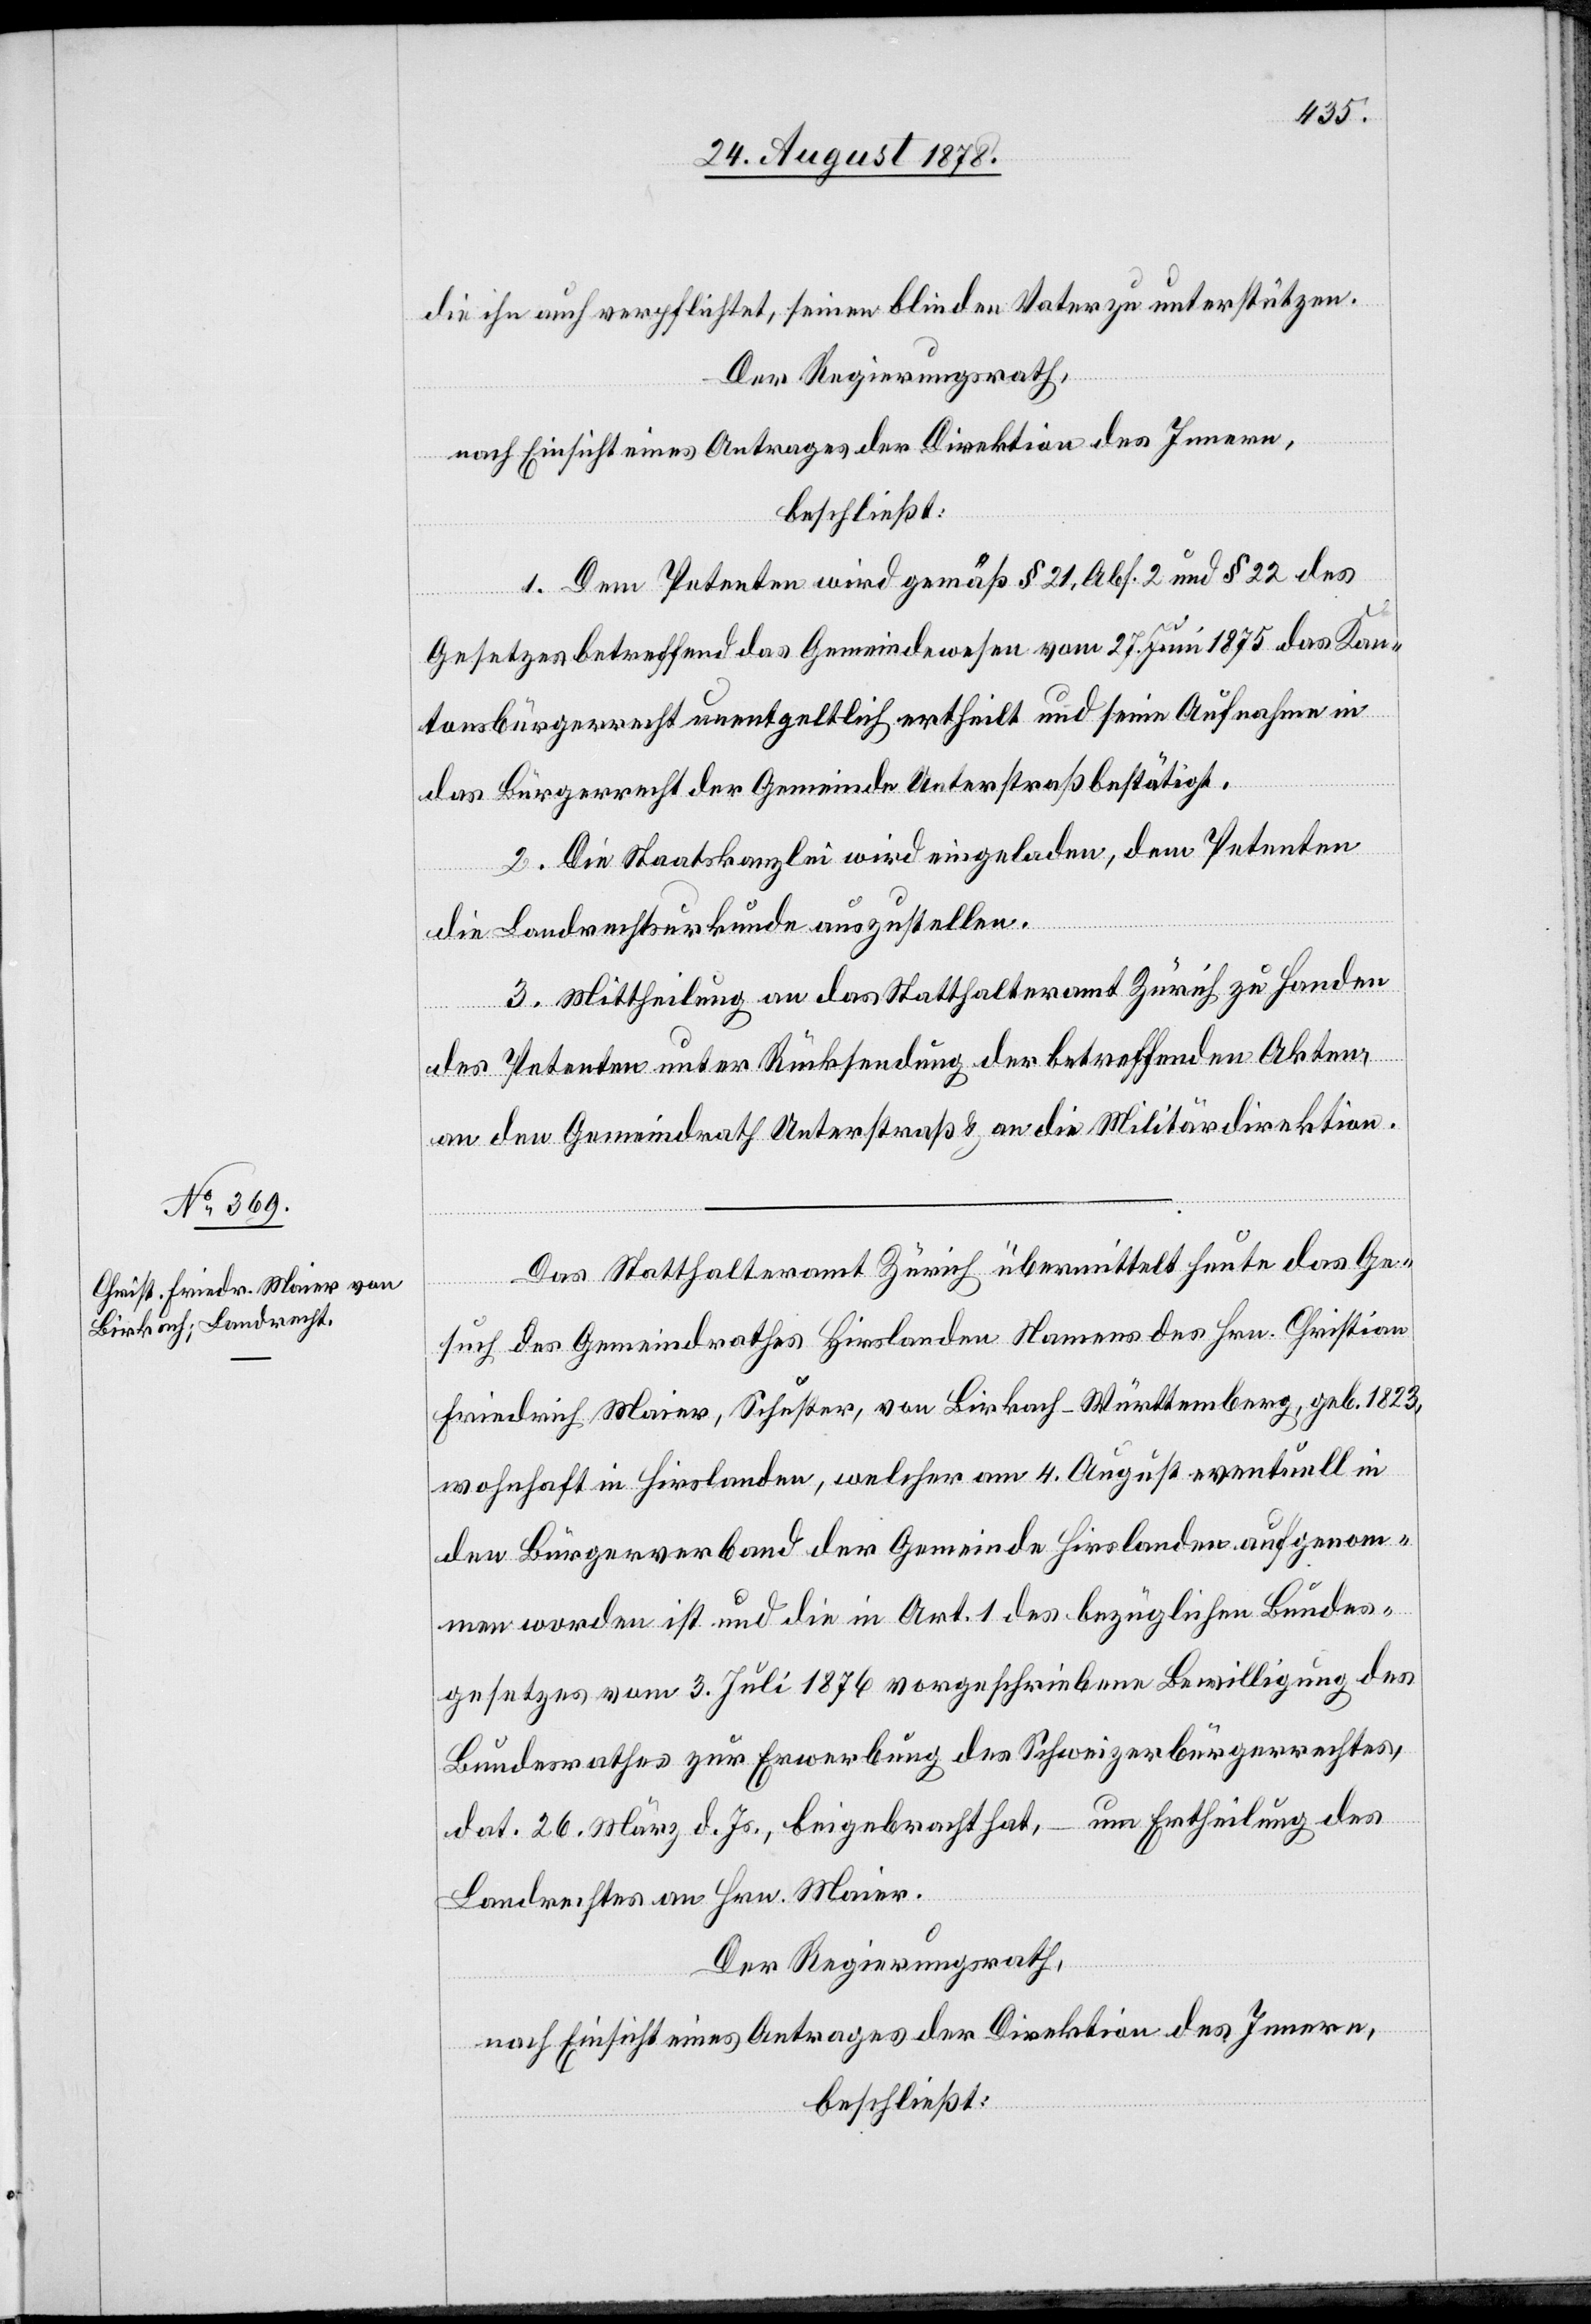
die ihn auch verpflichtet, seinen blinden Vater zu unterstützen.
Der Regierungsrath,
nach Einsicht eines Antrages der Direktion des Innern,
beschließt:
1. Dem Petenten wird gemäß § 21, Abs. 2 und § 22 des
Gesetzes betreffend das Gemeindewesen vom 27. Juni 1875 das Kan¬
tonsbürgerrecht unentgeltlich ertheilt und seine Aufnahme in
das Bürgerrecht der Gemeinde Unterstraß bestätigt.
2. Die Staatskanzlei wird eingeladen, dem Petenten
die Landrechtsurkunde auszustellen.
3. Mittheilung an das Statthalteramt Zürich zu Handen
des Petenten unter Rücksendung der betreffenden Akten,
an den Gemeindrath Unterstraß & an die Militärdirektion.
Das Statthalteramt Zürich übermittelt heute das Ge¬
such des Gemeindrathes Hirslanden Namens des Hrn. Christian
Friedrich Maier, Schuster, von Birkach - Württemberg, geb. 1823,
wohnhaft in Hirslanden, welcher am 4. August eventuell in
den Bürgerverband der Gemeinde Hirslanden aufgenom¬
men worden ist und die in Art. 1 des bezüglichen Bundes¬
gesetzes vom 3. Juli 1876 vorgeschriebene Bewilligung des
Bundesrathes zur Erwerbung des Schweizerbürgerrechtes,
dat. 26. März d. Js., beigebracht hat, – um Ertheilung des
Landrechtes an Hrn. Maier.
Der Regierungsrath,
nach Einsicht eines Antrages der Direktion des Innern,
beschließt: